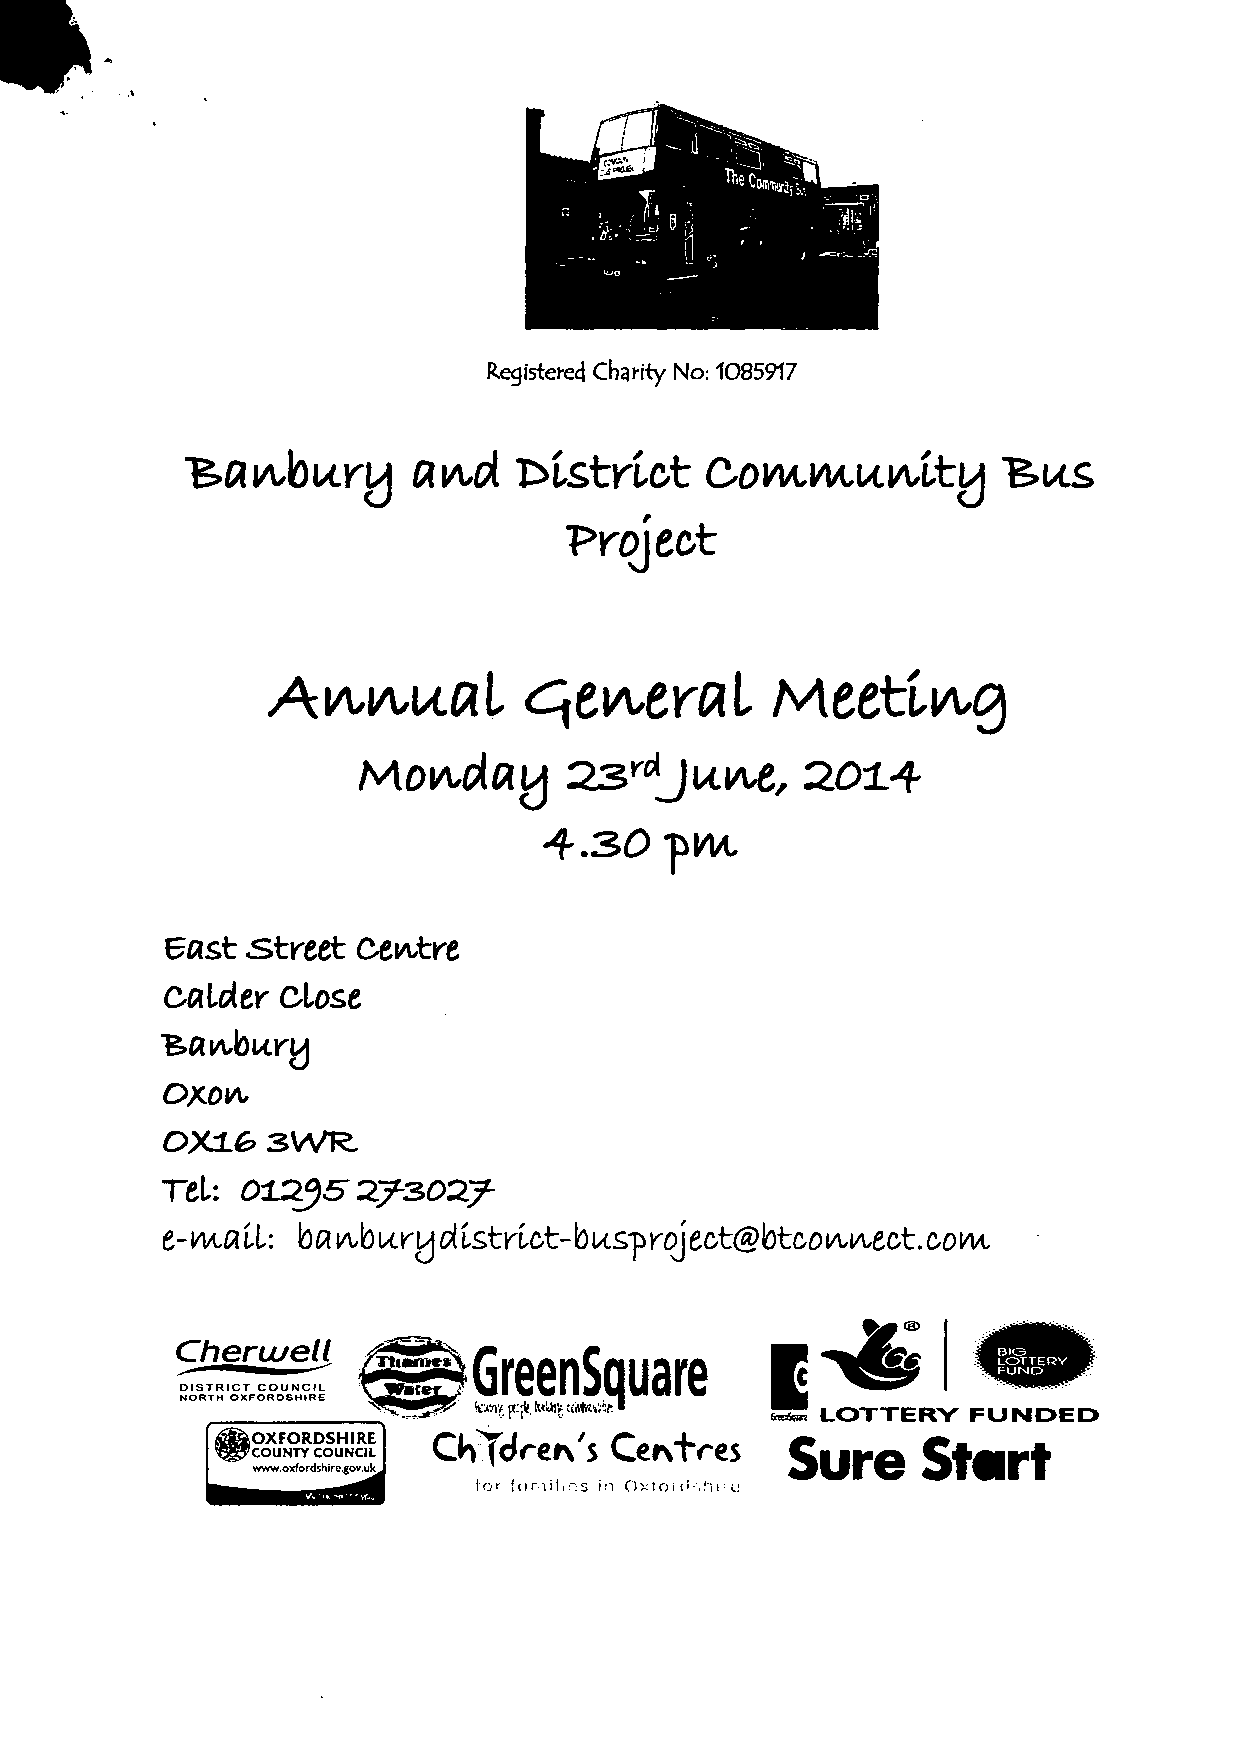
Registered Chanty No: 1085917
 "B>fliA,bury     n\A*d   district     CowLmuvutij         B>ucs
 Project
 Ai^iA,ucfll        c^tv^trRl        Meeting
 4.30   pm,
 east street  centre
 caldtr close
 oxo it
 OX±£>  3VVR.
 Tel: 01295*  273027-
 e-mail:  bfli^burydtstrlct-b^
 Cheru/e"           GreenSquare          I         I
 taw^WAvwto'.-TI     §• L O T T E RY F U N D ED
 ^OXFORDSHIRE
 PCOUNTY COUNCIL OrfoVefN's CerN+res $      S t « ft
 www.oxfordshirc.gov.uk              U re
 tor f11 r-1 iI,:~s in Oxtoi (i".!~'u